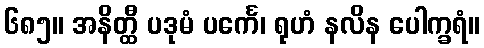
၆၈၅။ အနိတ္ထီ ပဒုမံ ပင်္ကေ၊ ရုဟံ နလိန ပေါက္ခရံ။